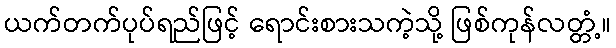
ယက်တက်ပုပ်ရည်ဖြင့် ရောင်းစားသကဲ့သို့ ဖြစ်ကုန်လတ္တံ့။